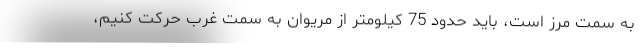
به سمت مرز است، بايد حدود 75 كيلومتر از مريوان به سمت غرب حركت كنيم،